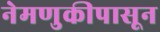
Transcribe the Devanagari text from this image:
नेमणुकीपासून